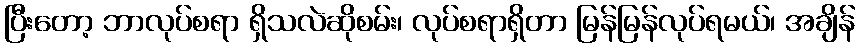
ပြီးတော့ ဘာလုပ်စရာ ရှိသလဲဆိုစမ်း၊ လုပ်စရာရှိတာ မြန်မြန်လုပ်ရမယ်၊ အချိန်